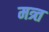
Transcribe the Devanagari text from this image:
मत्र्त